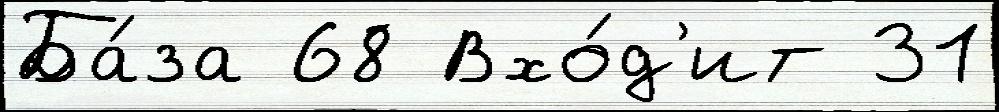
Ба́за 68 Вхо́д'ит 31